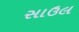
સાઉલ